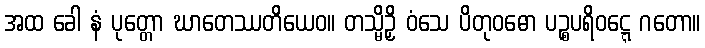
အထ ခေါ နံ ပုတ္တော ဃာတေဿတိယေဝ။ တသ္မိဉှိ ဝံသေ ပိတုဝဓော ပဉ္စပရိဝဋ္ဋေ ဂတော။